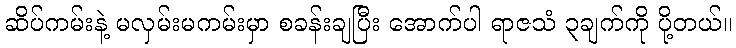
ဆိပ်ကမ်းနဲ့ မလှမ်းမကမ်းမှာ စခန်းချပြီး အောက်ပါ ရာဇသံ ၃ချက်ကို ပို့တယ်။